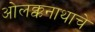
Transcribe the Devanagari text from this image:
ओलक्कनाथाचे